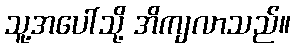
သူ့အပေါ်သို့ အိကျလာသည်။